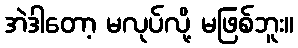
အဲဒါတော့ မလုပ်လို့ မဖြစ်ဘူး။